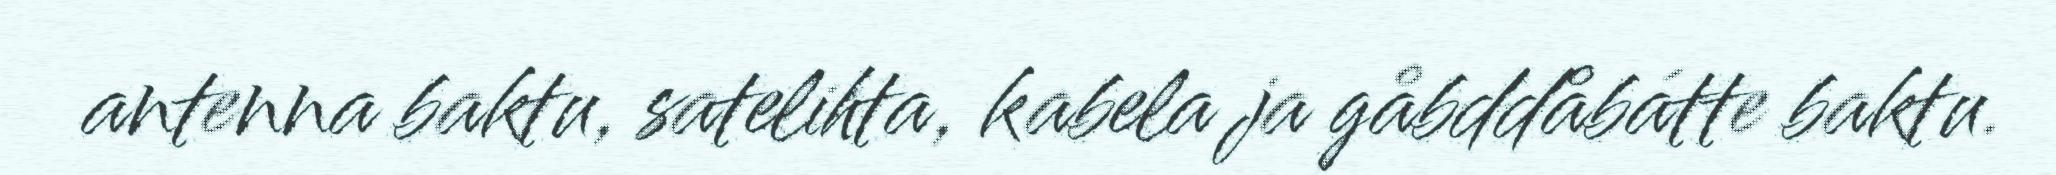
antenna baktu, satelihta, kabela ja gåbddåbátte baktu.